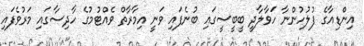
އިންޑިއާގެ ފުލުހުންނާ ހަވާލާދީ ބީބީސީގައި ބުނެފައި ވަނީ އިމާރާތް ވެއްޓުމުގެ ހާދިސާގައި މަރުވެފައި